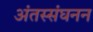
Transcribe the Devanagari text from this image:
अंतस्संघनन